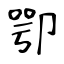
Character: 卾